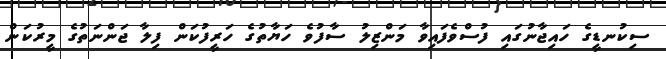
ސިކުނޑީގެ ހައިޖާނުގައި ފުސްވެފައިވާ މަންޒިލު ސާފުވެ ހަޔާތުގެ ހަރީފުކަން ފިލާ ޖަންނަތުގެ މީރުކަން